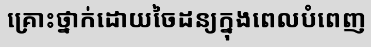
គ្រោះថ្នាក់ដោយចៃដន្យក្នុងពេលបំពេញ